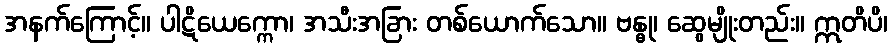
အနက်ကြောင့်။ ပါဋိယေက္ကော၊ အသီးအခြား တစ်ယောက်သော။ ဗန္ဓု၊ ဆွေမျိုးတည်း။ ဣတိပိ၊